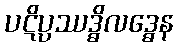
ပဋိပ္ပဿဒ္ဓိလဒ္ဓေန